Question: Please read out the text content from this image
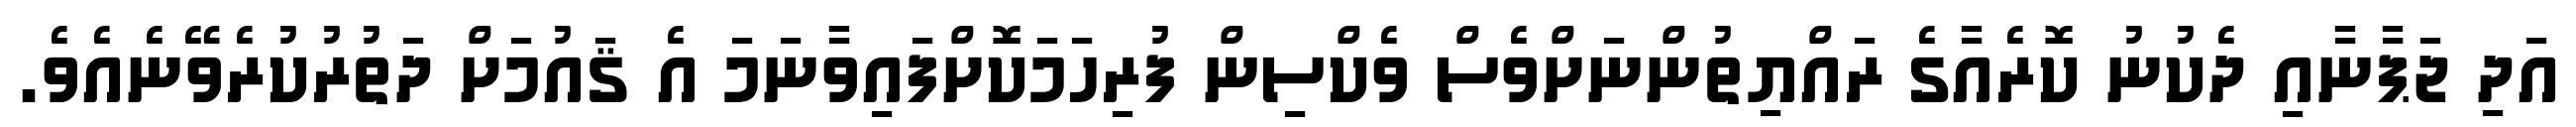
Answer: އަދި ޖަޕާނާއި ދެކުނު ކޮރެއާގެ ރައްޔިތުންނަށްވެސް ވެކްސިން ފުރިހަމަކޮށްފައިވާނަމަ އެ ޤައުމަށް ދަތުރުކުރެވޭނެއެވެ.